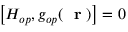
\left[ H _ { o p } , g _ { o p } ( \mathrm { ~ \bf ~ r ~ } ) \right] = 0